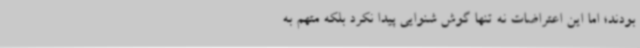
بودند؛ اما این اعتراضات نه تنها گوش شنوایی پیدا نکرد بلکه متهم به